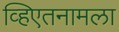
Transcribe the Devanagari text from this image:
व्हिएतनामला